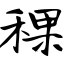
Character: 稞